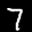
Label: 7